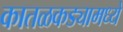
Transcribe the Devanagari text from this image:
कातळकड्यामध्ये